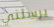
يرسلني